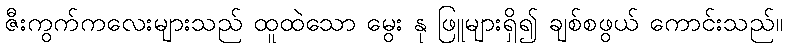
ဇီးကွက်ကလေးများသည် ထူထဲသော မွေး နု ဖြူများရှိ၍ ချစ်စဖွယ် ကောင်းသည်။